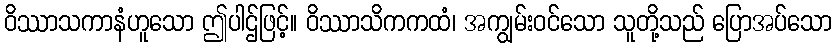
ဝိဿာသကာနံဟူသော ဤပါဌ်ဖြင့်။ ဝိဿာသိကကထံ၊ အကျွမ်းဝင်သော သူတို့သည် ပြောအပ်သော